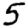
Digit: 5